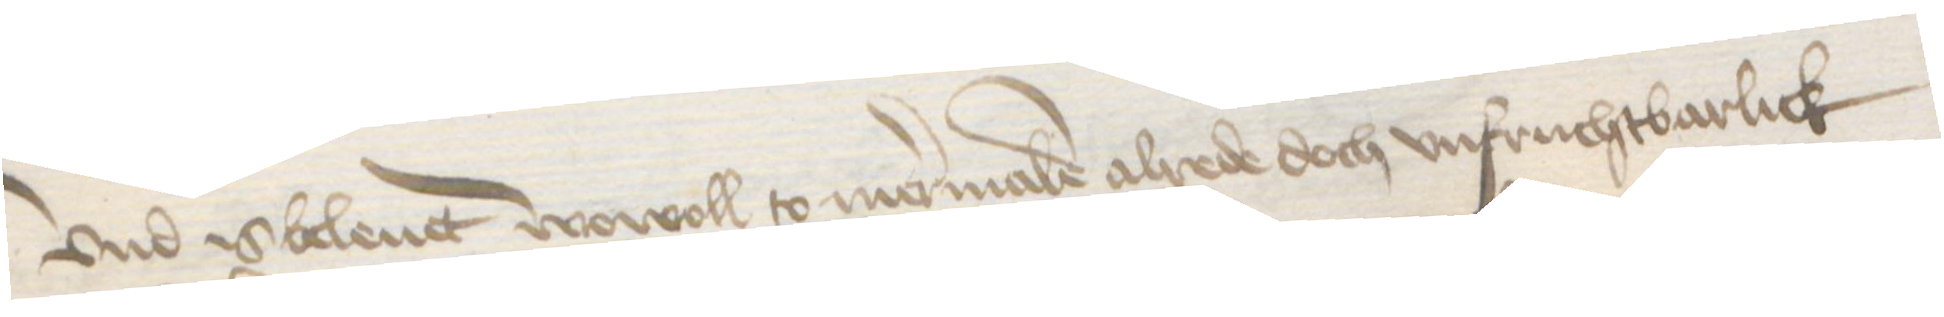
Vnd is beleut wowoll to mermalen alrede doch unfruchtbarlick